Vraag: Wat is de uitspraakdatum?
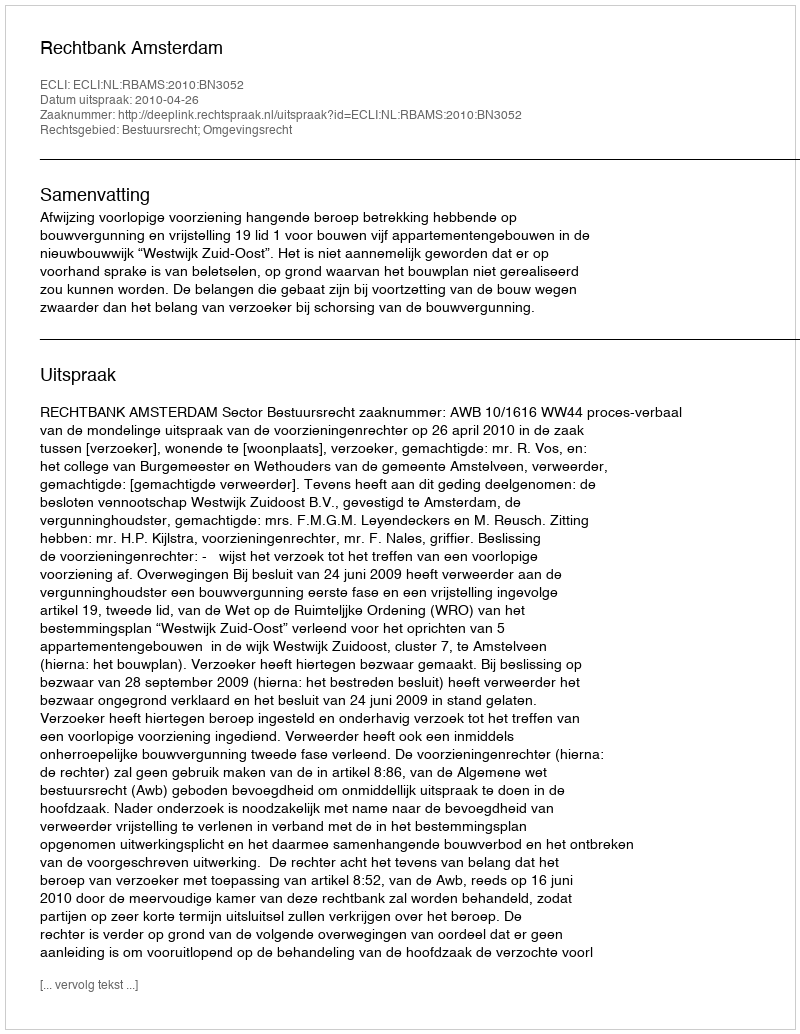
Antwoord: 2010-04-26